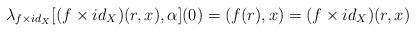
LaTeX: \begin{align*} \lambda_{f\times id_{X}}[ (f\times id_{X})(r,x),\alpha](0) = (f(r),x)= (f\times id_{X})(r,x)\end{align*}